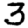
Digit: 3